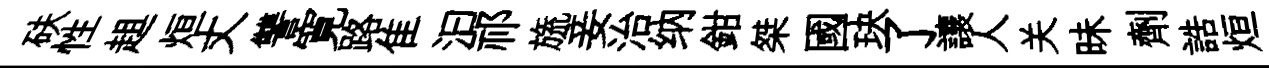
砆性趄烜丈讐寛路隹汩祁旒妾治纳鉗桀國玦了讓人关昧劑誥烜